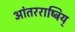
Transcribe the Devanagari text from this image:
आंतरराष्ट्रिय्